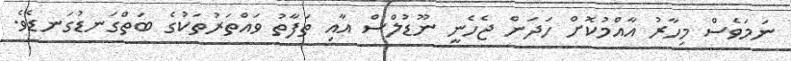
ނަމަވެސް މިހާރު އާއްމުކޮށް ހަދަން ޖެހެނީ ނޫޑުލްސް އާއި ތަފާތު ވައްތަރުތަކުގެ ބަތްގަނޑުގަނޑެވެ.